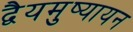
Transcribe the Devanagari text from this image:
द्वैयमुष्यायन